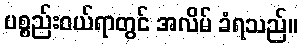
ပစ္စည်းဝယ်ရာတွင် အလိမ် ခံရသည်။